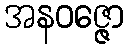
အနဝဇ္ဇော